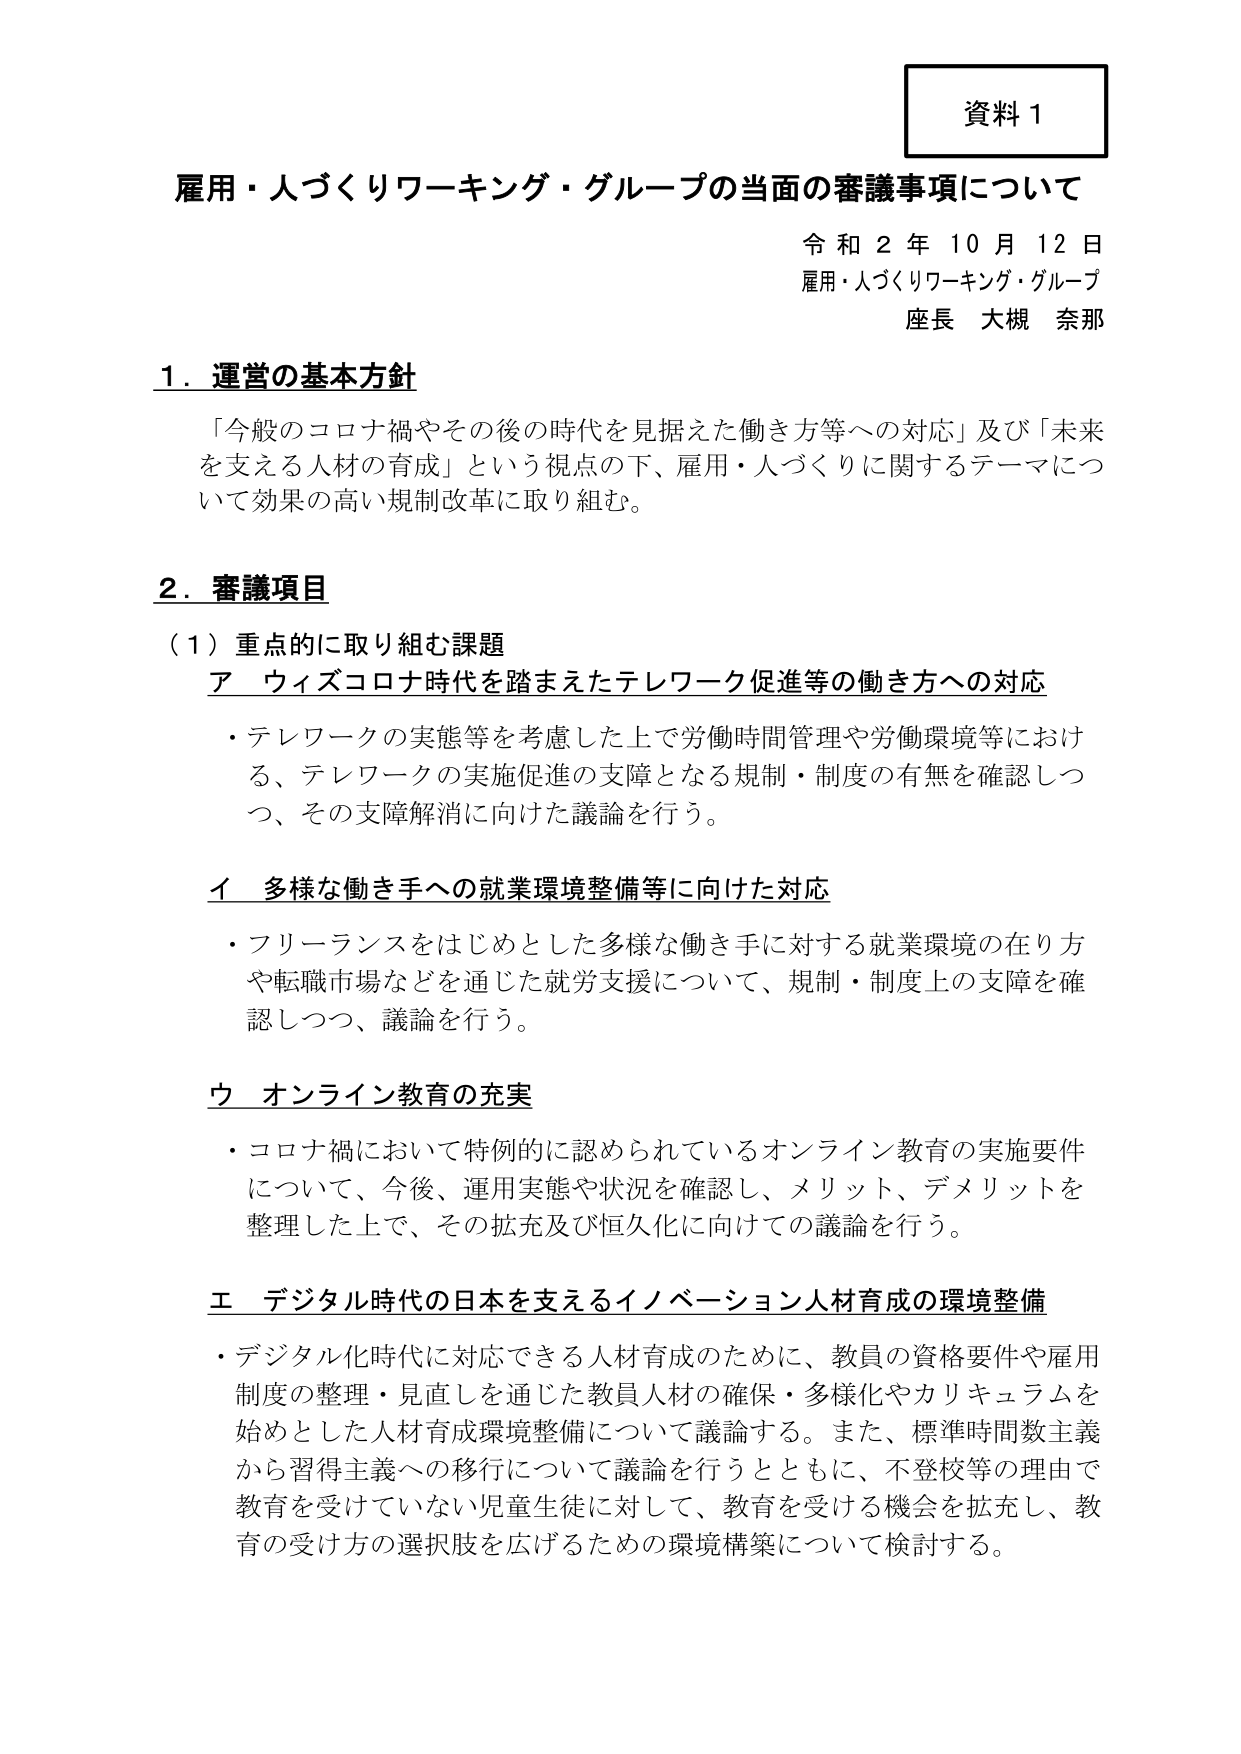
資料１

雇用・人づくりワーキング・グループの当面の審議事項について

令和２年１０月１２日
雇用・人づくりワーキング・グループ
座長 大槻 奈那

１．運営の基本方針
「今般のコロナ禍やその後の時代を見据えた働き方等への対応」及び「未来を支える人材の育成」という視点の下、雇用・人づくりに関するテーマについて効果の高い規制改革に取り組む。

２．審議項目
（１）重点的に取り組む課題

ア ウィズコロナ時代を踏まえたテレワーク促進等の働き方への対応
・テレワークの実態等を考慮した上で労働時間管理や労働環境等における、テレワークの実施促進の支障となる規制・制度の有無を確認しつつ、その支障解消に向けた議論を行う。

イ 多様な働き手への就業環境整備等に向けた対応
・フリーランスをはじめとした多様な働き手に対する就業環境の在り方や転職市場などを通じた就労支援について、規制・制度上の支障を確認しつつ、議論を行う。

ウ オンライン教育の充実
・コロナ禍において特例的に認められているオンライン教育の実施要件について、今後、運用実態や状況を確認し、メリット、デメリットを整理した上で、その拡充及び恒久化に向けての議論を行う。

エ デジタル時代の日本を支えるイノベーション人材育成の環境整備
・デジタル化時代に対応できる人材育成のために、教員の資格要件や雇用制度の整理・見直しを通じた教員人材の確保・多様化やカリキュラムを始めとした人材育成環境整備について議論する。また、標準時間数主義から習得主義への移行について議論を行うとともに、不登校等の理由で教育を受けていない児童生徒に対して、教育を受ける機会を拡充し、教育の受け方の選択肢を広げるための環境構築について検討する。